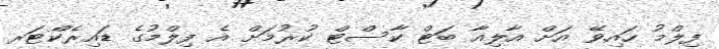
ފިލްމު ހައިވޭ އަށް އާލިއާ ބަޓް ކާސްޓް ކުރުމަށް އެ ފިލްމުގެ ޑައިރެކްޓަރ